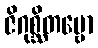
ဇိဂုစ္ဆိတဗ္ဗော